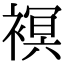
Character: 𧜀